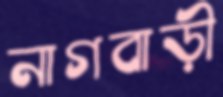
নাগবাড়ী